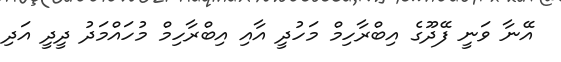
އޭނާ ވަނީ ފޭދޫގެ އިބްރާހިމް މަހުދީ އާއި އިބްރާހިމް މުހައްމަދު ދީދީ އަދި